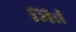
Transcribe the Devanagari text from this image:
भिन्नं